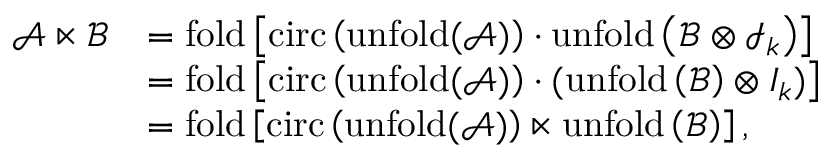
\begin{array} { r l } { \mathcal { A } \ltimes \mathcal { B } } & { = \mathrm { f o l d } \left[ \mathrm { c i r c } \left( \mathrm { u n f o l d ( \mathcal { A } ) } \right) \cdot \mathrm { u n f o l d } \left( \mathcal { B } \otimes \mathcal { I } _ { k } \right) \right] } \\ & { = \mathrm { f o l d } \left[ \mathrm { c i r c } \left( \mathrm { u n f o l d ( \mathcal { A } ) } \right) \cdot ( \mathrm { u n f o l d } \left( \mathcal { B } \right) \otimes { I } _ { k } ) \right] } \\ & { = \mathrm { f o l d } \left[ \mathrm { c i r c } \left( \mathrm { u n f o l d ( \mathcal { A } ) } \right) \ltimes \mathrm { u n f o l d } \left( \mathcal { B } \right) \right] , } \end{array}